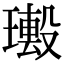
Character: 𤩮